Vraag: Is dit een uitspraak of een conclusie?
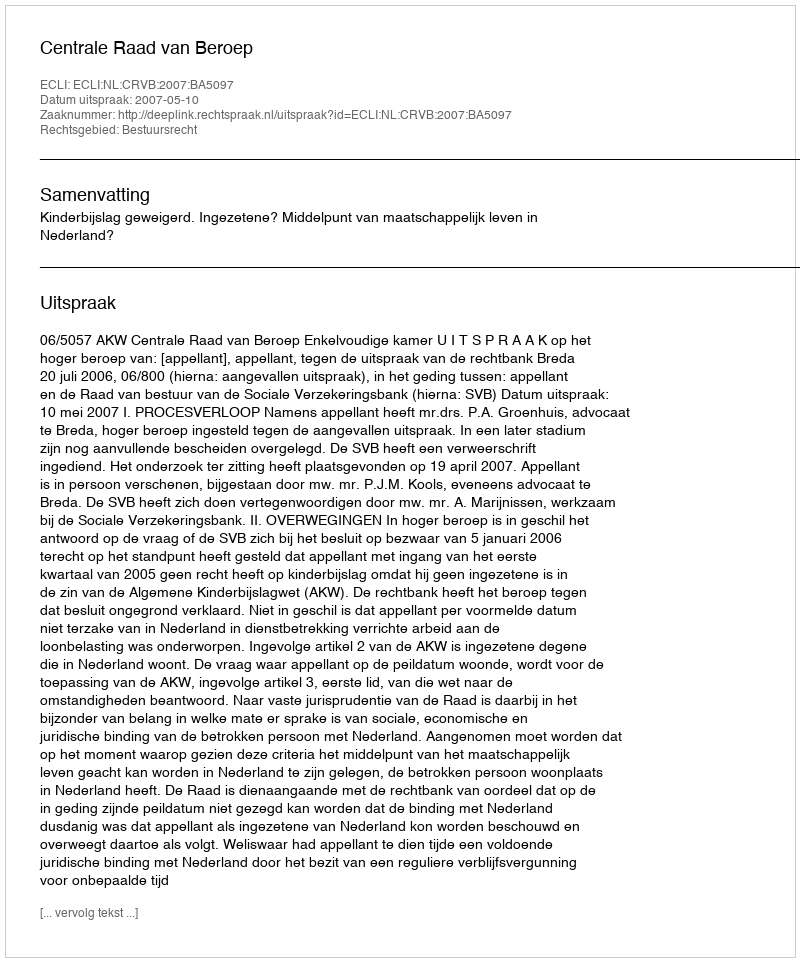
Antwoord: Uitspraak